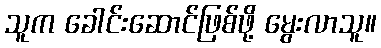
သူက ခေါင်းဆောင်ဖြစ်ဖို့ မွေးလာသူ။